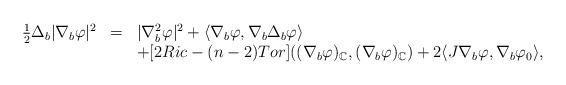
\begin{align*}\begin{array}{lll}\frac{1}{2}\Delta _{b}|\nabla _{b}\varphi |^{2} & = & |\nabla_{b}^{2}\varphi |^{2}+\langle \nabla _{b}\varphi ,\nabla _{b}\Delta_{b}\varphi \rangle \\ & & +[2Ric-(n-2)Tor]((\nabla _{b}\varphi )_{\mathbb{C}},(\nabla _{b}\varphi)_{\mathbb{C}})+2\langle J\nabla _{b}\varphi ,\nabla _{b}\varphi _{0}\rangle,\end{array}\end{align*}